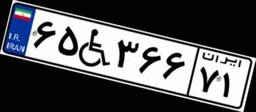
۶۵W۳۶۶۷۱